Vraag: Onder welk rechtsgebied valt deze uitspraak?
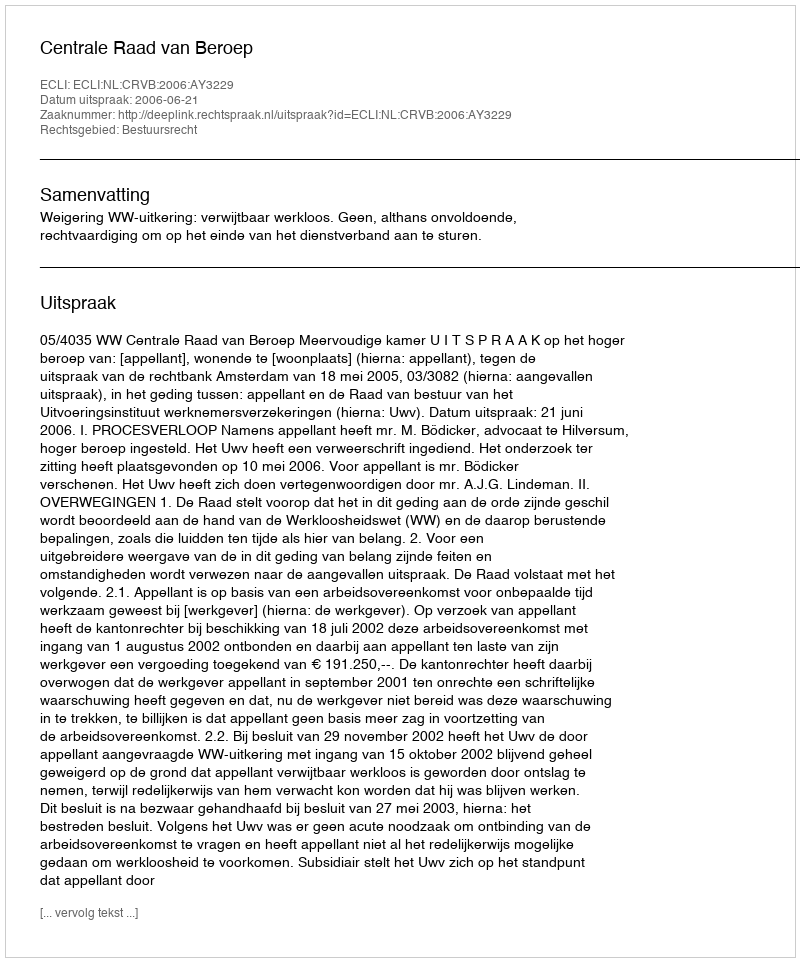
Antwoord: Bestuursrecht